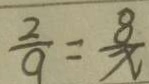
\frac { 2 } { 9 } = \frac { 8 } { x }